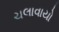
ચલાવાયો